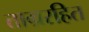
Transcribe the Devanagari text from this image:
ताम्ररहित